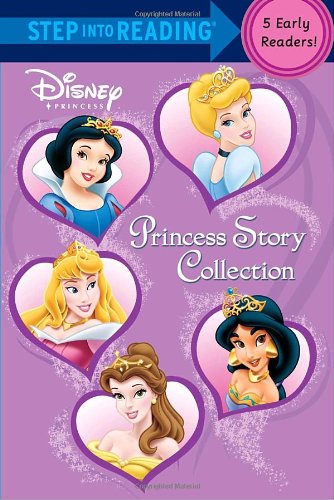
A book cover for Princess Story Collection (Disney Princess) (Step into Reading); RH Disney; Children's Books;